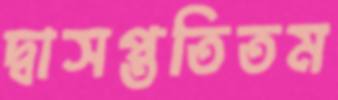
দ্বাসপ্ততিতম